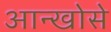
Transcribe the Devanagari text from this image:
आन्खोसे